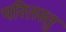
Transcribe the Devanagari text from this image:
परितस्तु